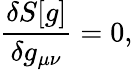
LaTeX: \frac{\delta S[g]}{\delta g_{\mu\nu}}=0,